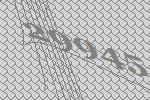
29945